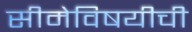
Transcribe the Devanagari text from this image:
सीमेविषयीची